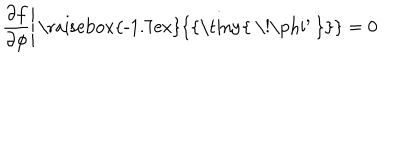
LaTeX: \left. { \frac { \partial f } { \partial \phi } } \right| { \mathrm { \raisebox { - 1 . 7 e x } { { \tiny { ~ \! \ p h i ^ { \prime } ~ } } } } } = 0